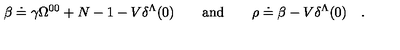
\beta \doteq \gamma \Omega ^ { 0 0 } + N - 1 - V \delta ^ { \Lambda } ( 0 ) \qquad \mathrm { a n d } \qquad \rho \doteq \beta - V \delta ^ { \Lambda } ( 0 ) \quad .